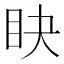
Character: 䀗